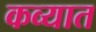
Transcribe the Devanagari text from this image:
कव्यात